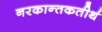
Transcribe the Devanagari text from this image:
नरकान्तकतीर्थ